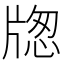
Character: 牎